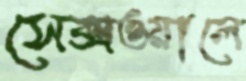
সেক্সওয়ালে